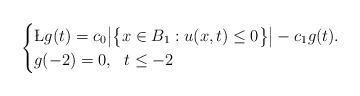
LaTeX: \begin{align*}\begin{cases}\L g(t) = c_{0}\big| \big\{x \in B_{1}:u(x,t) \leq 0 \big\} \big| - c_{1}g(t).\\g(-2) = 0, ~~ t \leq -2\end{cases}\end{align*}